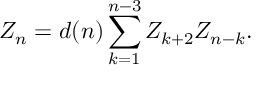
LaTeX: { \cal Z } _ { n } = d ( n ) \sum _ { k = 1 } ^ { n - 3 } { \cal Z } _ { k + 2 } { \cal Z } _ { n - k } .